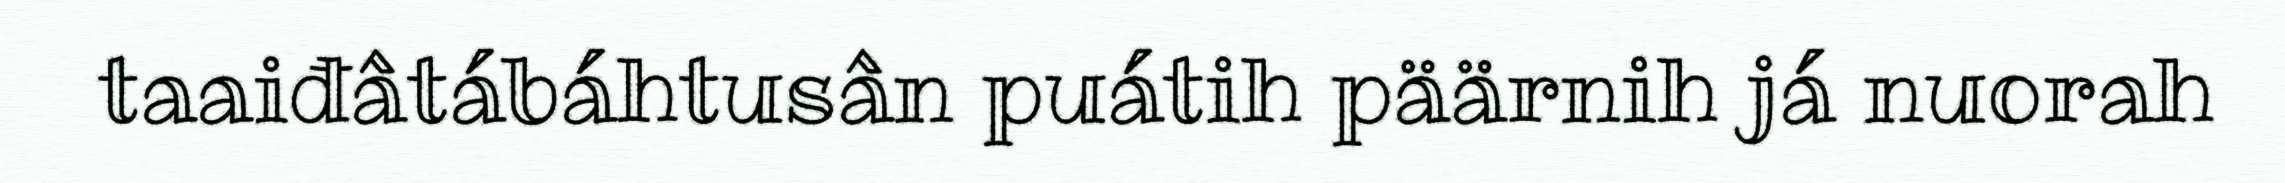
taaiđâtábáhtusân puátih päärnih já nuorah